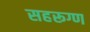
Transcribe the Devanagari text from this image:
सहरूग्ण